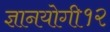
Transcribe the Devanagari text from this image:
ज्ञानयोगी१२